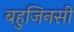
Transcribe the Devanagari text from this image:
बहुजिनसी